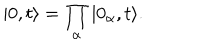
LaTeX: \vert 0 , t \rangle = \prod _ { \alpha } \vert 0 _ { \alpha } , t \rangle .